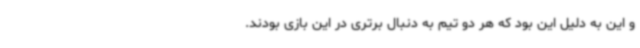
و این به دلیل این بود که هر دو تیم به دنبال برتری در این بازی بودند.